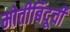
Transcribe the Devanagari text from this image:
मोतीबिंदूची